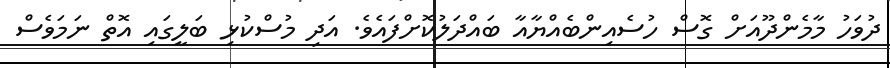
ދުވަހު މާމެންދޫއަށް ގޮސް ހުސެއިންބެއްޔާއާ ބައްދަލުކޮށްފައެވެ. އަދި މުސްކުޅި ބަލީގައި އޮތް ނަމަވެސް